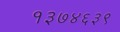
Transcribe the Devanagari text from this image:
१३७४६३९